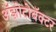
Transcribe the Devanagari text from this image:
अॅझोटोबॅक्टर